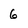
Character: 6